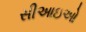
સીઆઇઓ